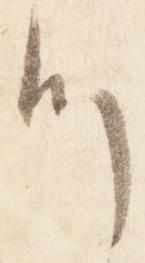
つ